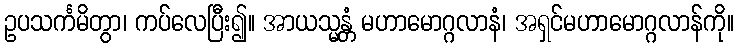
ဥပသင်္ကမိတွာ၊ ကပ်လေပြီး၍။ အာယသ္မန္တံ မဟာမောဂ္ဂလာနံ၊ အရှင်မဟာမောဂ္ဂလာန်ကို။